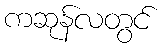
ကဆုန်လတွင်